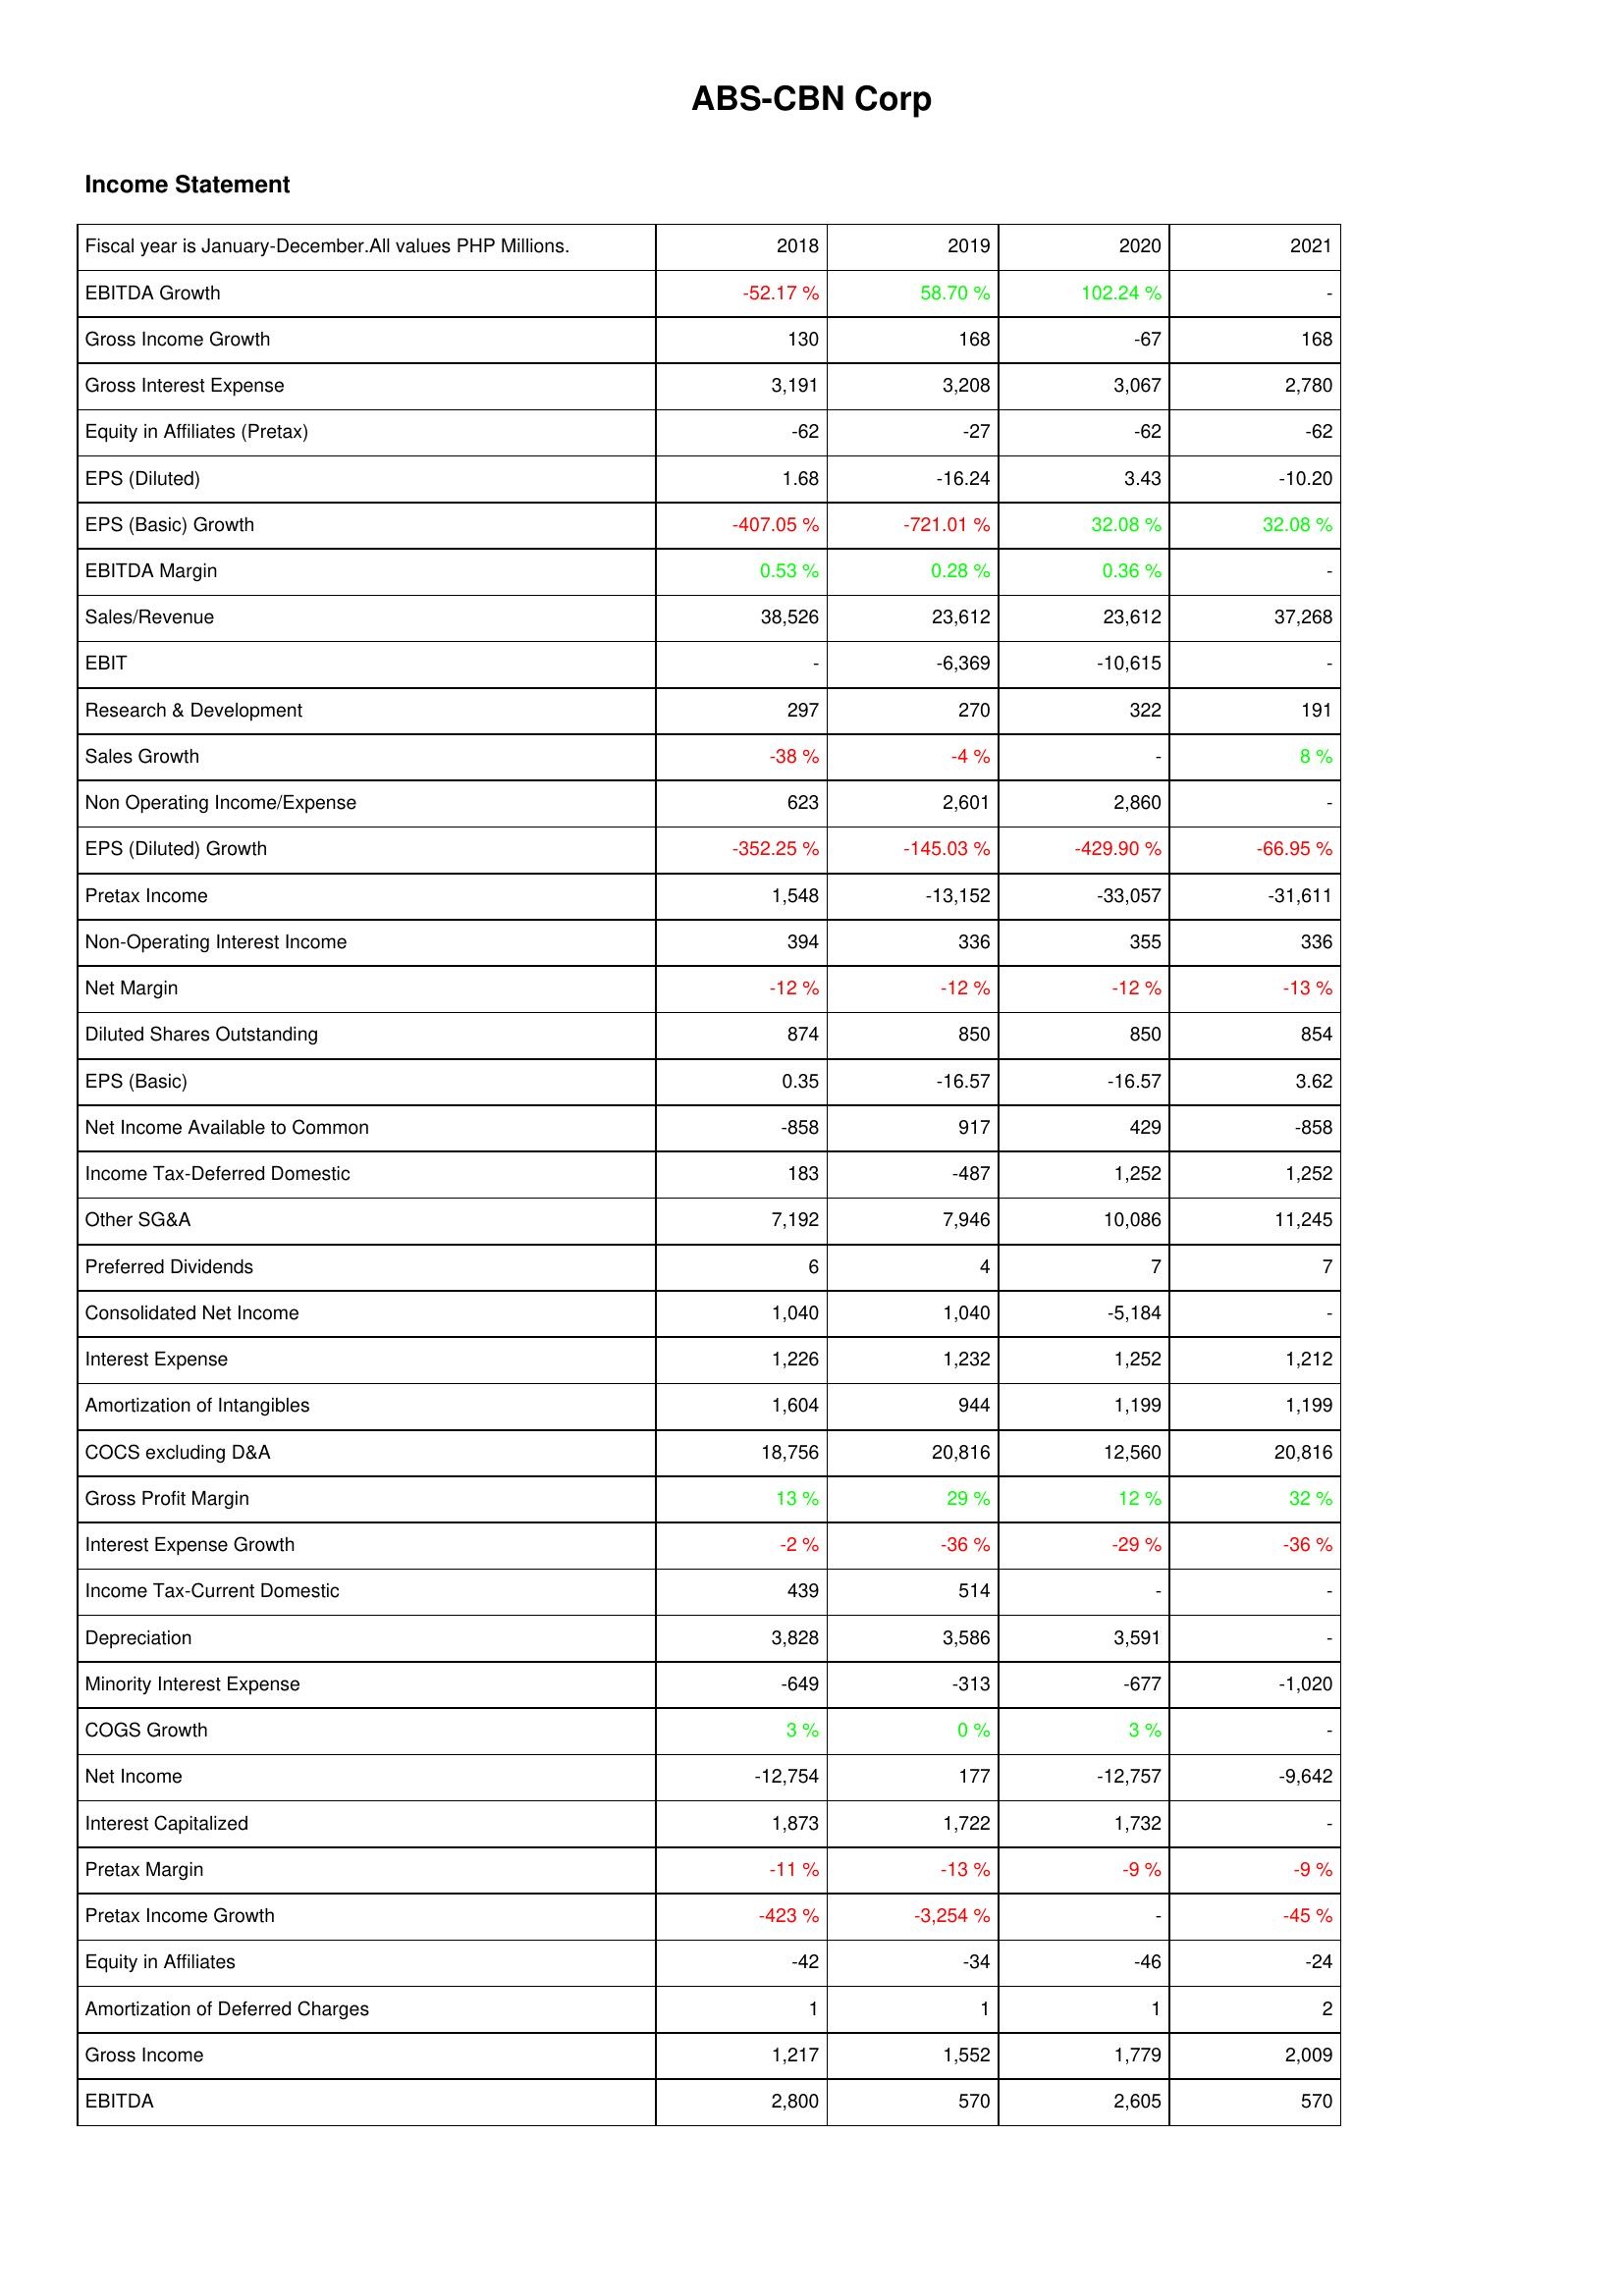
2018: Income Statement: EBITDA Growth: -52.17 %
Gross Income Growth: 130
Gross Interest Expense: 3,191
Equity in Affiliates (Pretax): -62
EPS (Diluted): 1.68
EPS (Basic) Growth: -407.05 %
EBITDA Margin: 0.53 %
Sales/Revenue: 38,526
EBIT: -
Research & Development: 297
Sales Growth: -38 %
Non Operating Income/Expense: 623
EPS (Diluted) Growth: -352.25 %
Pretax Income: 1,548
Non-Operating Interest Income: 394
Net Margin: -12 %
Diluted Shares Outstanding: 874
EPS (Basic): 0.35
Net Income Available to Common: -858
Income Tax-Deferred Domestic: 183
Other SG&A: 7,192
Preferred Dividends: 6
Consolidated Net Income: 1,040
Interest Expense: 1,226
Amortization of Intangibles: 1,604
COCS excluding D&A: 18,756
Gross Profit Margin: 13 %
Interest Expense Growth: -2 %
Income Tax-Current Domestic: 439
Depreciation: 3,828
Minority Interest Expense: -649
COGS Growth: 3 %
Net Income: -12,754
Interest Capitalized: 1,873
Pretax Margin: -11 %
Pretax Income Growth: -423 %
Equity in Affiliates: -42
Amortization of Deferred Charges: 1
Gross Income: 1,217
EBITDA: 2,800
2019: Income Statement: EBITDA Growth: 58.70 %
Gross Income Growth: 168
Gross Interest Expense: 3,208
Equity in Affiliates (Pretax): -27
EPS (Diluted): -16.24
EPS (Basic) Growth: -721.01 %
EBITDA Margin: 0.28 %
Sales/Revenue: 23,612
EBIT: -6,369
Research & Development: 270
Sales Growth: -4 %
Non Operating Income/Expense: 2,601
EPS (Diluted) Growth: -145.03 %
Pretax Income: -13,152
Non-Operating Interest Income: 336
Net Margin: -12 %
Diluted Shares Outstanding: 850
EPS (Basic): -16.57
Net Income Available to Common: 917
Income Tax-Deferred Domestic: -487
Other SG&A: 7,946
Preferred Dividends: 4
Consolidated Net Income: 1,040
Interest Expense: 1,232
Amortization of Intangibles: 944
COCS excluding D&A: 20,816
Gross Profit Margin: 29 %
Interest Expense Growth: -36 %
Income Tax-Current Domestic: 514
Depreciation: 3,586
Minority Interest Expense: -313
COGS Growth: 0 %
Net Income: 177
Interest Capitalized: 1,722
Pretax Margin: -13 %
Pretax Income Growth: -3,254 %
Equity in Affiliates: -34
Amortization of Deferred Charges: 1
Gross Income: 1,552
EBITDA: 570
2020: Income Statement: EBITDA Growth: 102.24 %
Gross Income Growth: -67
Gross Interest Expense: 3,067
Equity in Affiliates (Pretax): -62
EPS (Diluted): 3.43
EPS (Basic) Growth: 32.08 %
EBITDA Margin: 0.36 %
Sales/Revenue: 23,612
EBIT: -10,615
Research & Development: 322
Sales Growth: -
Non Operating Income/Expense: 2,860
EPS (Diluted) Growth: -429.90 %
Pretax Income: -33,057
Non-Operating Interest Income: 355
Net Margin: -12 %
Diluted Shares Outstanding: 850
EPS (Basic): -16.57
Net Income Available to Common: 429
Income Tax-Deferred Domestic: 1,252
Other SG&A: 10,086
Preferred Dividends: 7
Consolidated Net Income: -5,184
Interest Expense: 1,252
Amortization of Intangibles: 1,199
COCS excluding D&A: 12,560
Gross Profit Margin: 12 %
Interest Expense Growth: -29 %
Income Tax-Current Domestic: -
Depreciation: 3,591
Minority Interest Expense: -677
COGS Growth: 3 %
Net Income: -12,757
Interest Capitalized: 1,732
Pretax Margin: -9 %
Pretax Income Growth: -
Equity in Affiliates: -46
Amortization of Deferred Charges: 1
Gross Income: 1,779
EBITDA: 2,605
2021: Income Statement: EBITDA Growth: -
Gross Income Growth: 168
Gross Interest Expense: 2,780
Equity in Affiliates (Pretax): -62
EPS (Diluted): -10.20
EPS (Basic) Growth: 32.08 %
EBITDA Margin: -
Sales/Revenue: 37,268
EBIT: -
Research & Development: 191
Sales Growth: 8 %
Non Operating Income/Expense: -
EPS (Diluted) Growth: -66.95 %
Pretax Income: -31,611
Non-Operating Interest Income: 336
Net Margin: -13 %
Diluted Shares Outstanding: 854
EPS (Basic): 3.62
Net Income Available to Common: -858
Income Tax-Deferred Domestic: 1,252
Other SG&A: 11,245
Preferred Dividends: 7
Consolidated Net Income: -
Interest Expense: 1,212
Amortization of Intangibles: 1,199
COCS excluding D&A: 20,816
Gross Profit Margin: 32 %
Interest Expense Growth: -36 %
Income Tax-Current Domestic: -
Depreciation: -
Minority Interest Expense: -1,020
COGS Growth: -
Net Income: -9,642
Interest Capitalized: -
Pretax Margin: -9 %
Pretax Income Growth: -45 %
Equity in Affiliates: -24
Amortization of Deferred Charges: 2
Gross Income: 2,009
EBITDA: 570